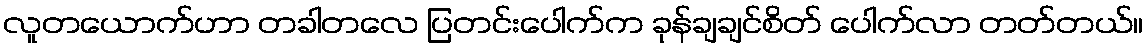
လူတယောက်ဟာ တခါတလေ ပြတင်းပေါက်က ခုန်ချချင်စိတ် ပေါက်လာ တတ်တယ်။